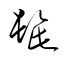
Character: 髭